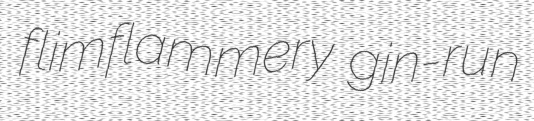
flimflammery gin-run